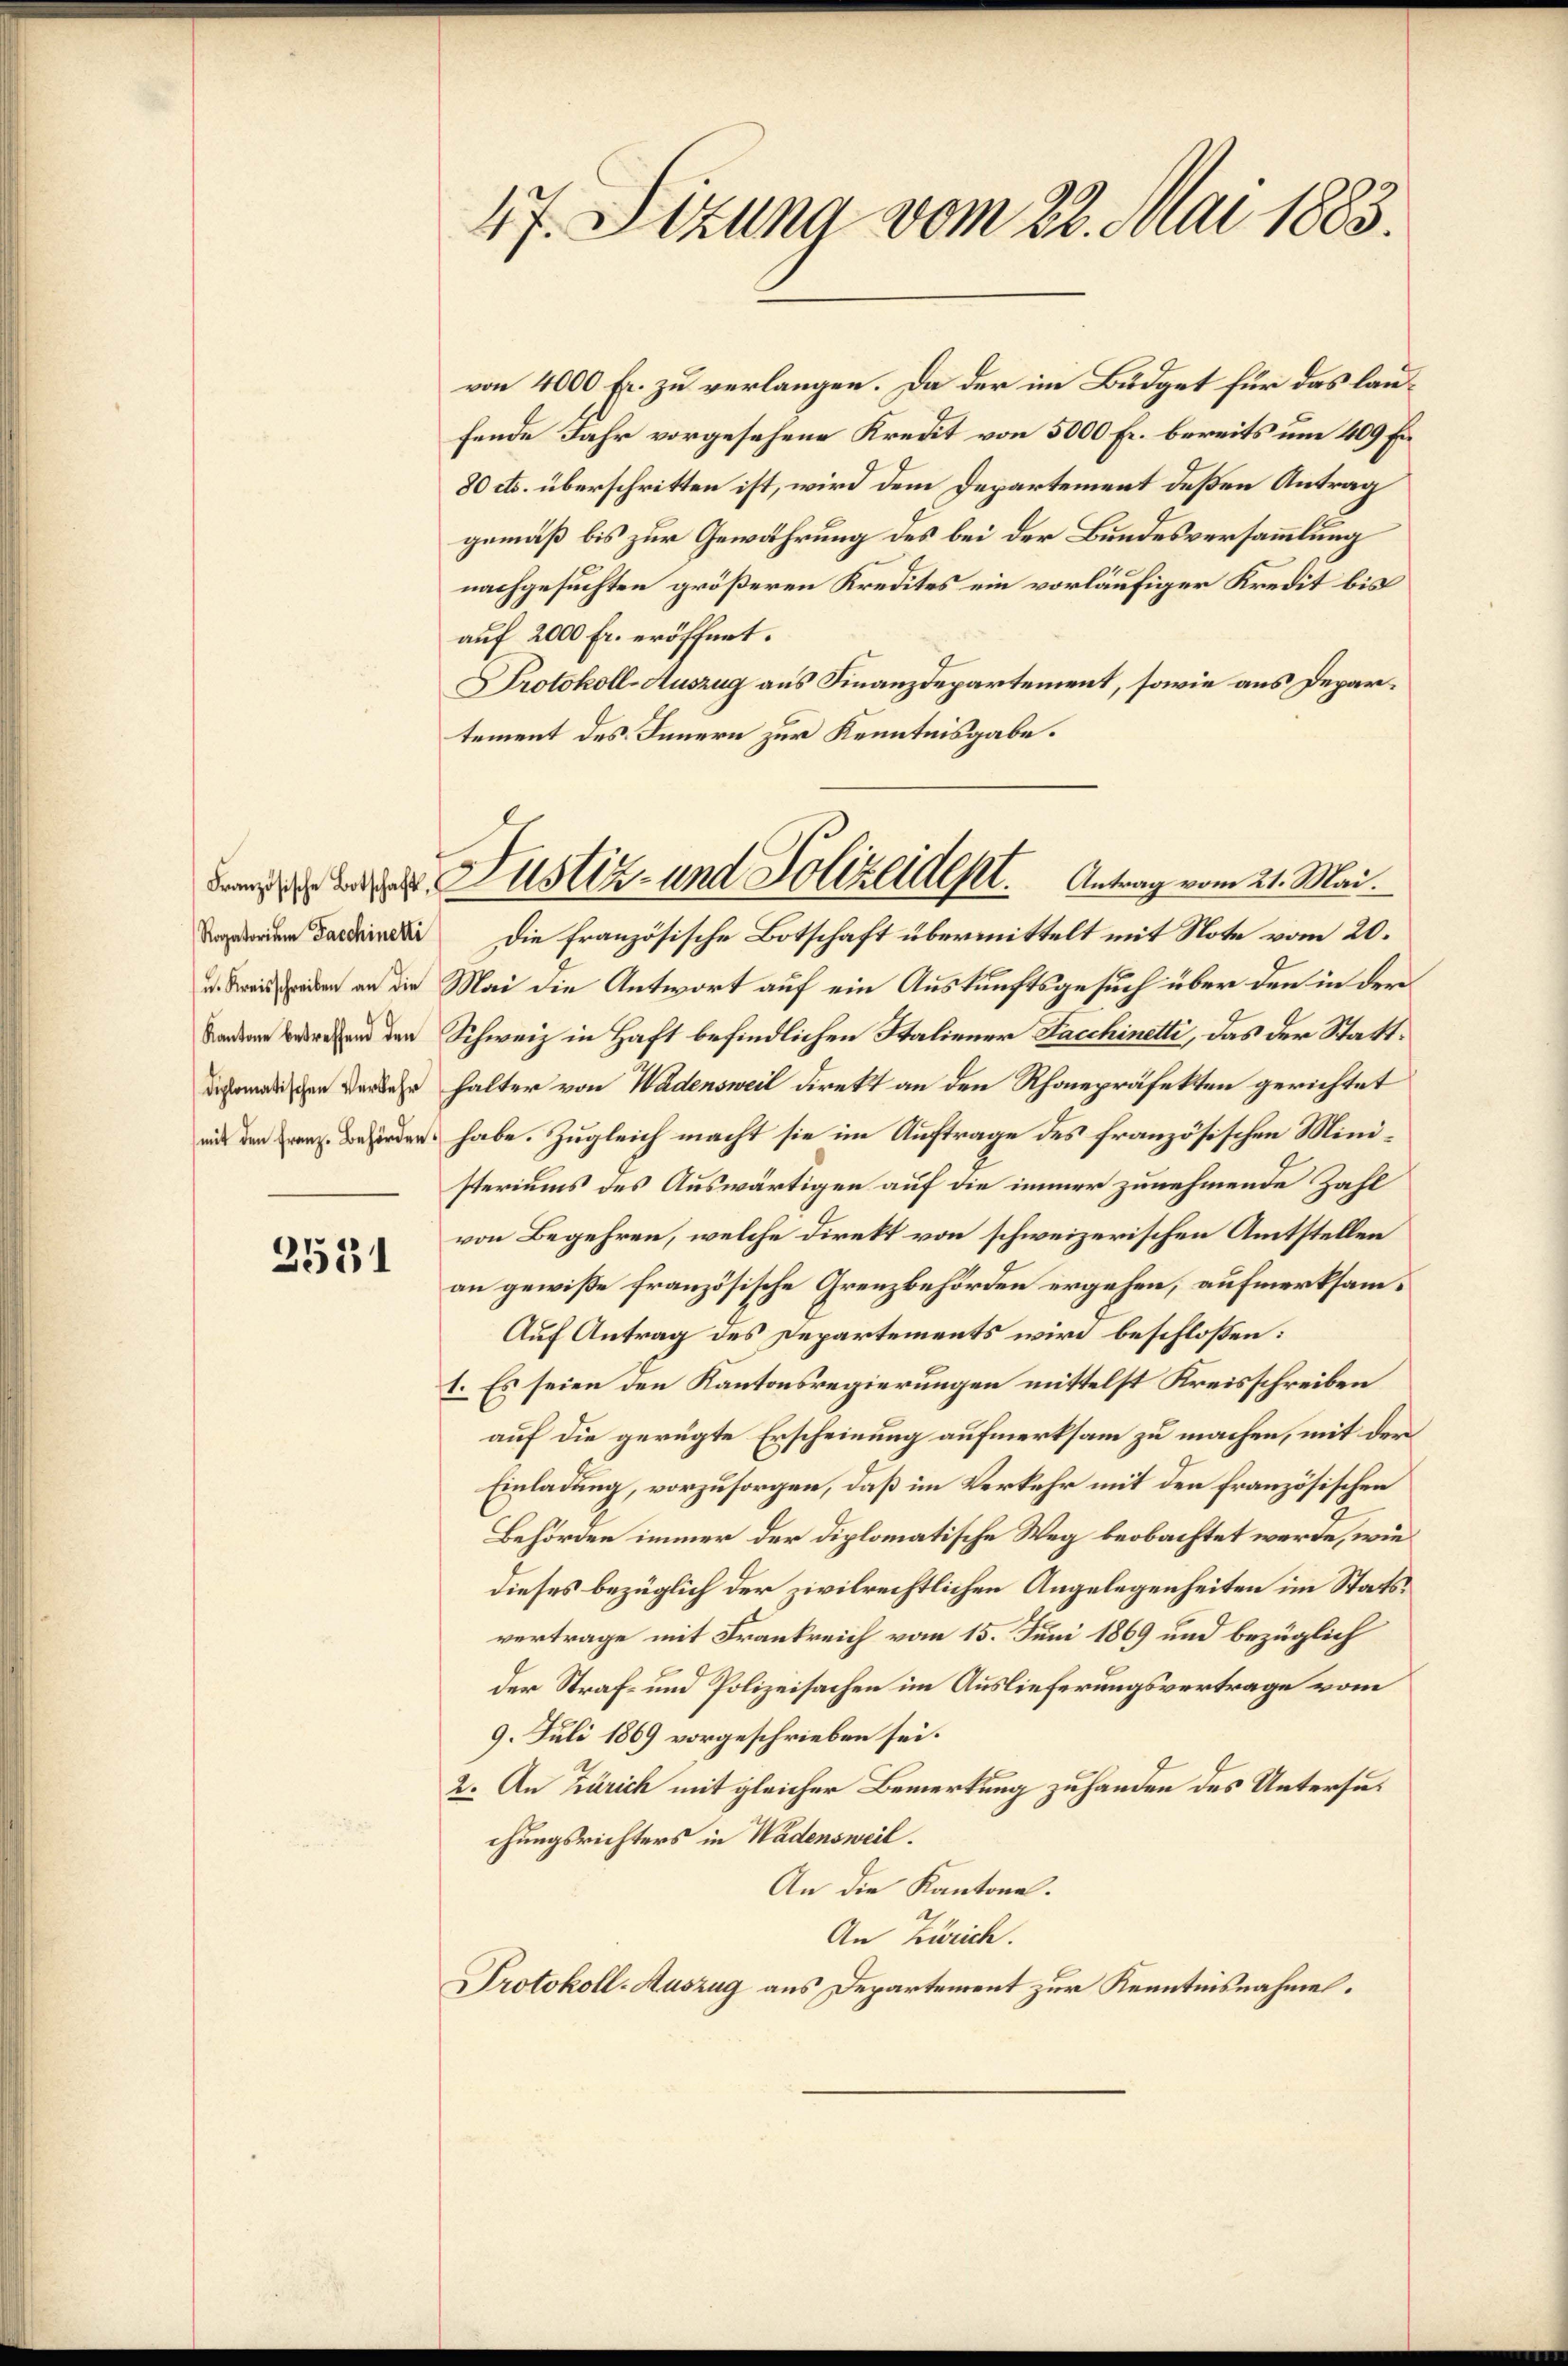
Ragatorium Faschinetti
u. Kreisschreiben an die
Kantone betreffend den
diplomatischen Verkehr

2531

47. Sizung vom 22. Mai 1883.

La Justiz- und Polizeident. Antrag vom 21. Mai.

von 4000 Fr. zu verlangen. Da der im Büdget für das laufende Jahr vorgesehene Kredit von 5000 Fr. bereits um 409 En¬
80 cts. überschritten ist, wird dem Departement deßen Antrag
gemäß bis zur Gewährung des bei der Bundesversammlung
nachgesuchten größeren Kredites ein vorläufiger Kredit bis
auf 2000 Fr. eröffnet.
Protokoll-Auszug aus Finanzdepartement, sowie aus Departement des Innern zur Kenntnisgabe.
Die französische Botschaft übermittelt mit Note vom 20.
Mai die Antwort auf ein Auskunftsgesuch über den in der
Schweiz in Haft befindlichen Staliener Facchinetti, das der Statthalter von Wadensweil direkt an den Rhonepräfekten gerichtet
irden habe. Zugleich macht sie im Auftrage des französischen Ministeriums des Auswärtigen auf die immer zunehmende Zahl
von Begehren, welche direkt von schweizerischen Amtstellen
an gewiße französische Grenzbehörden ergehen, aufmerksam¬
Auf Antrag des Departements wird beschlossen:
1. Es seien den Kantonsregierungen mittelst Kreisschreiben
auf die gerügte Erscheinung aufmerksam zu machen, mit der
Einladung, vorzusorgen, daß im Verkehr mit den französischen
Behörden immer der diplomatische Weg beobachtet werde, wie
dieses bezüglich der zivilrechtlichen Angelegenheiten im Statsvertrage mit Frankreich vom 15. Juni 1869 und bezüglich
der Straf- und Polizeisachen im Auslieferungsvertrage vom
9. Juli 1869 vorgeschrieben sei.
2. An Zürich mit gleicher Bemerkung zu handen des Untersuchungsrichters in Wadensweil.
An die Kantone.
An Zürich.
Protokoll-Auszug aus Departement zur Kenntnisnahmen.